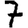
Digit: 7